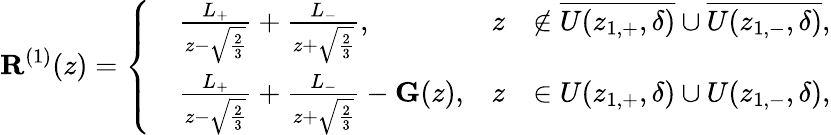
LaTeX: \mathbf{R}^{(1)}(z)=\left\{ \begin{array}{rlrl}&{\frac{L_{+}}{z-\sqrt{\frac{2}{3}}}+\frac{L_{-}}{z+\sqrt{\frac{2}{3}}},}&{z}&{\notin\overline{{U(z_{1,+},\delta)}}\cup\overline{{U(z_{1,-},\delta)}},}\\ &{\frac{L_{+}}{z-\sqrt{\frac{2}{3}}}+\frac{L_{-}}{z+\sqrt{\frac{2}{3}}}-\mathbf{G}(z),}&{z}&{\in U(z_{1,+},\delta)\cup U(z_{1,-},\delta),}\end{array}\right.